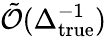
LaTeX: \tilde{\mathcal O}(\Delta_{\mathrm{true}}^{-1})